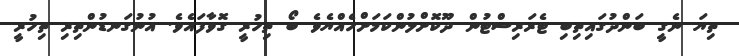
ތިޔަ ނެގީ ބަންދުގައިތިބި ޓެރަރިސްޓުން ދޫކޮށްލުންކަމަށްހެއްޔެވެ ބޯ ތިހުރީ ގޮވާފައެވެ. އުނުގަނޑުންތިރި ތިހުރީ